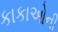
કાકાઓની